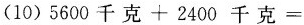
(10) $$5600千克+2400千克=$$